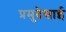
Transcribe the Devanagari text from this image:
प्रमुदेसाई